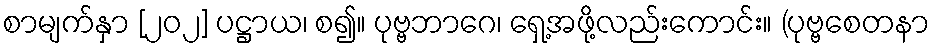
စာမျက်နှာ [၂၀၂] ပဋ္ဌာယ၊ စ၍။ ပုဗ္ဗဘာဂေ၊ ရှေ့အဖို့လည်းကောင်း။ (ပုဗ္ဗစေတနာ